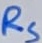
Text: RS